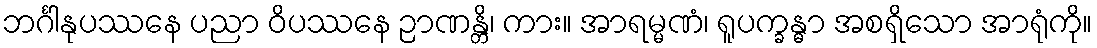
ဘင်္ဂါနုပဿနေ ပညာ ဝိပဿနေ ဉာဏန္တိ၊ ကား။ အာရမ္မဏံ၊ ရူပက္ခန္ဓာ အစရှိသော အာရုံကို။